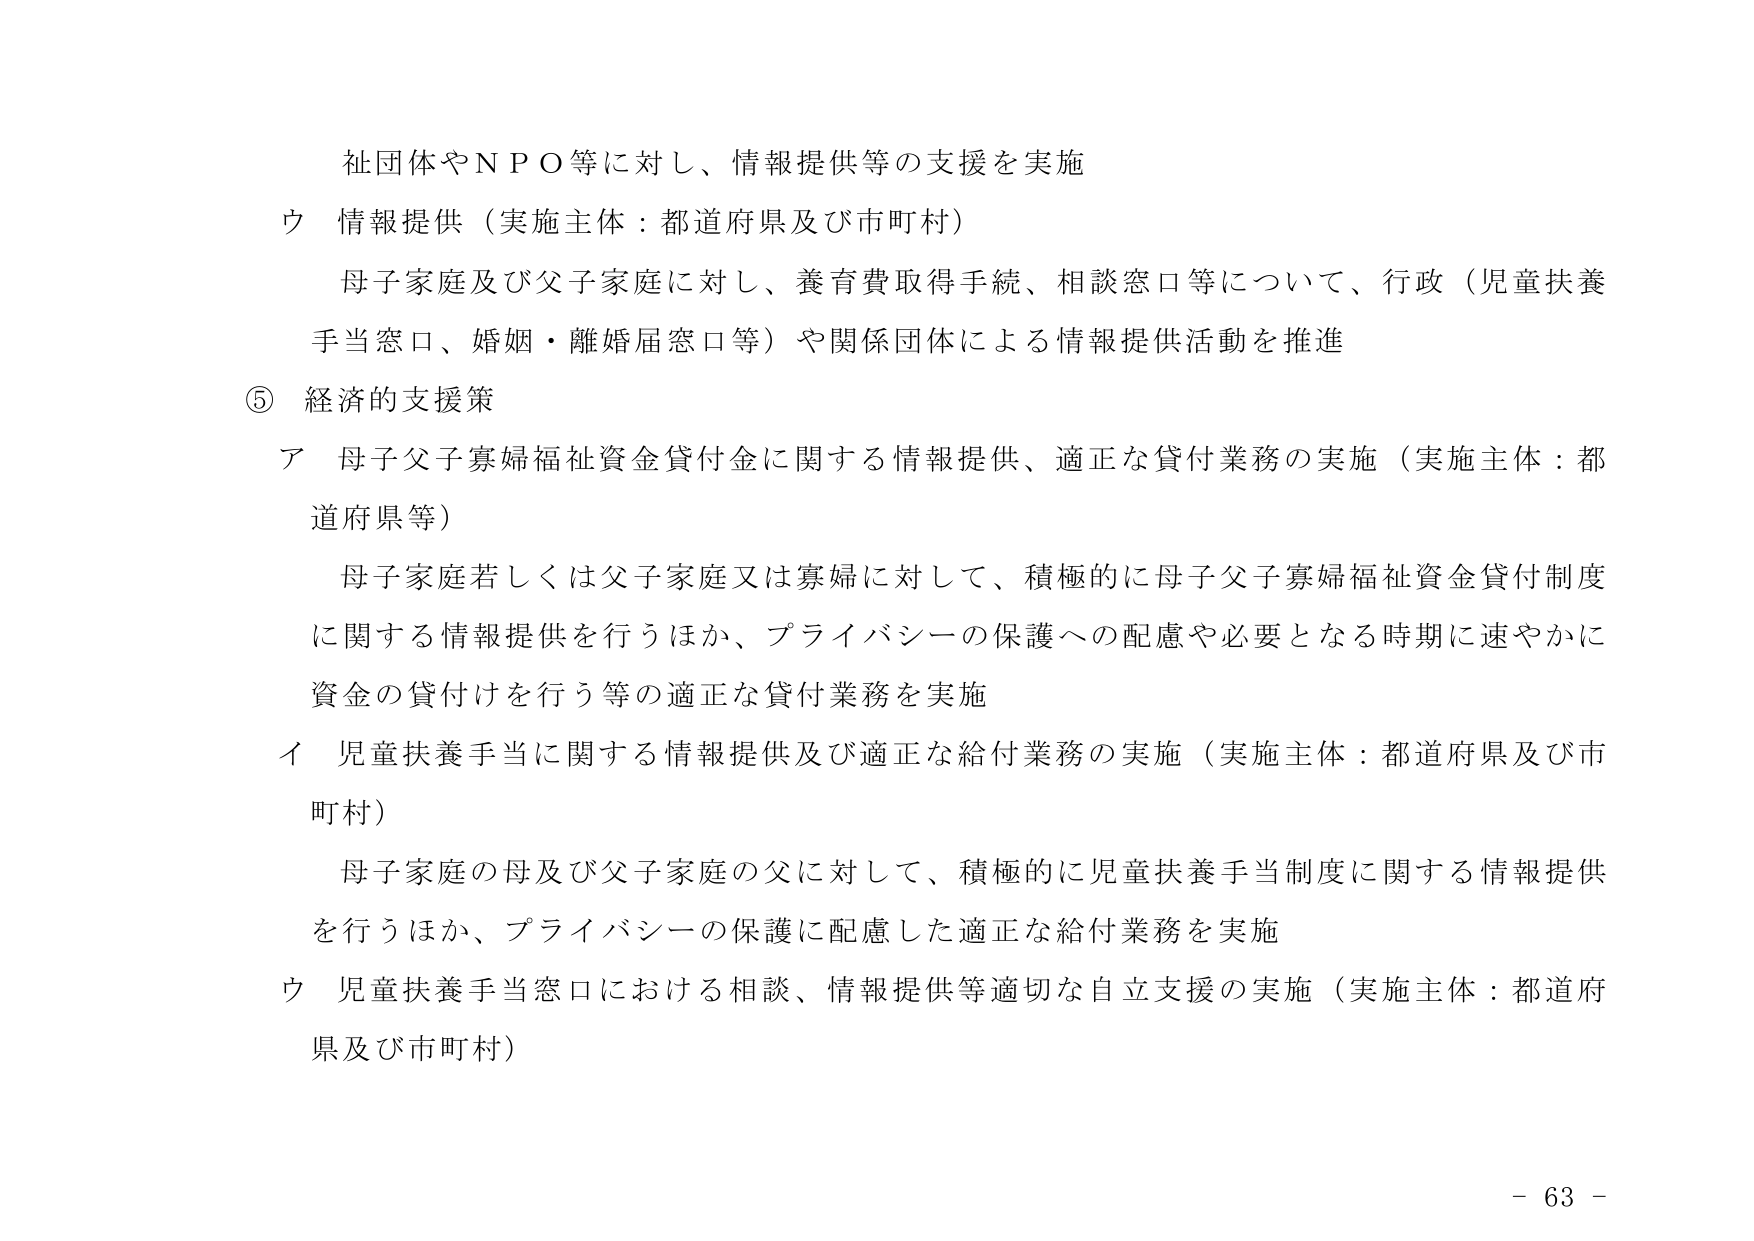
社団体やＮＰＯ等に対し、情報提供等の支援を実施
ウ 情報提供（実施主体：都道府県及び市町村）
　母子家庭及び父子家庭に対し、養育費取得手続、相談窓口等について、行政（児童扶養手当窓口、婚姻・離婚届窓口等）や関係団体による情報提供活動を推進

⑤ 経済的支援策
ア 母子父子寡婦福祉資金貸付金に関する情報提供、適正な貸付業務の実施（実施主体：都道府県等）
　母子家庭若しくは父子家庭又は寡婦に対して、積極的に母子父子寡婦福祉資金貸付制度に関する情報提供を行うほか、プライバシーの保護への配慮や必要となる時期に速やかに資金の貸付けを行う等の適正な貸付業務を実施
イ 児童扶養手当に関する情報提供及び適正な給付業務の実施（実施主体：都道府県及び市町村）
　母子家庭の母及び父子家庭の父に対して、積極的に児童扶養手当制度に関する情報提供を行うほか、プライバシーの保護に配慮した適正な給付業務を実施
ウ 児童扶養手当窓口における相談、情報提供等適切な自立支援の実施（実施主体：都道府県及び市町村）

－ 63 －